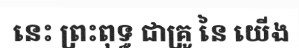
នេះ ព្រះពុទ្ធ ជាគ្រូ នៃ យើង